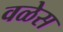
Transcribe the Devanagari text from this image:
वळेस